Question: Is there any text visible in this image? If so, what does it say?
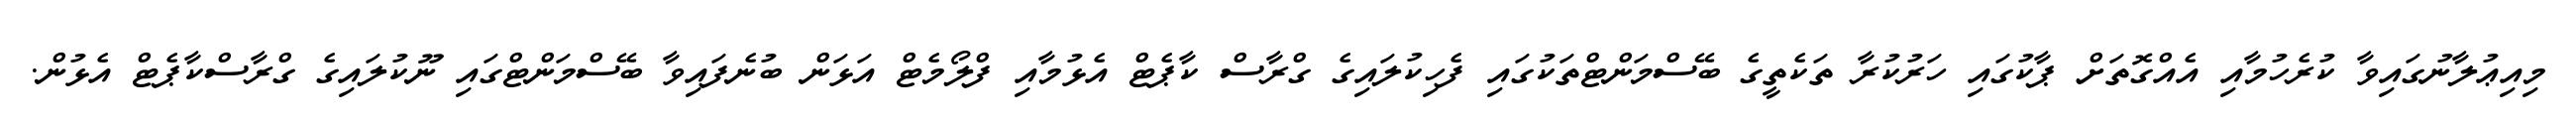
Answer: މިއިޢުލާނުގައިވާ ކުރެހުމާއި އެއްގޮތަށް ޕާކުގައި ހަރުކުރާ ތަކެތީގެ ބޭސްމަންޓްތަކުގައި ފެހިކުލައިގެ ގްރާސް ކާޕެޓް އެޅުމާއި ފްލޯމެޓް އަޅަން ބުނެފައިވާ ބޭސްމަންޓްގައި ނޫކުލައިގެ ގްރާސްކާޕެޓް އެޅުން.